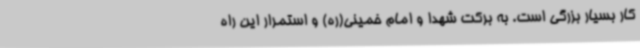
کار بسیار بزرگی است. به برکت شهدا و امام خمینی(ره) و استمرار این راه